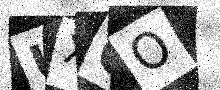
Text: UXCO